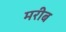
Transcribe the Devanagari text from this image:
मरीब